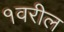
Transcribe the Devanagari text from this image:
१वरील